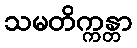
သမတိက္ကန္တာ